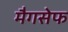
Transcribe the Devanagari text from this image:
मैगसेफ